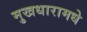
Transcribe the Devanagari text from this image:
मुखधारामधे